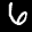
Label: 6